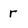
Character: r